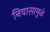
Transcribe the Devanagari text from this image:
निवासामुळे